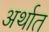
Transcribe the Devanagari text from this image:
अर्थात